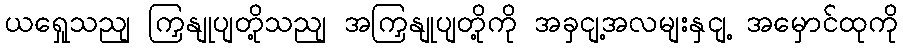
ယရှေုသညျ ကြှနျုပျတို့သညျ အကြှနျုပျတို့ကို အခှငျ့အလမျးနှငျ့ အမှောင်ထုကို